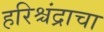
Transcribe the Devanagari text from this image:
हरिश्चंद्राचा